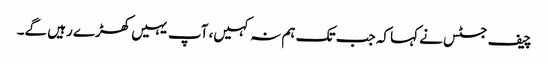
چیف جسٹس نے کہا کہ جب تک ہم نہ کہیں، آپ یہیں کھڑے رہیں گے۔